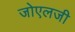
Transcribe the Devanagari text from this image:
जोएलजी